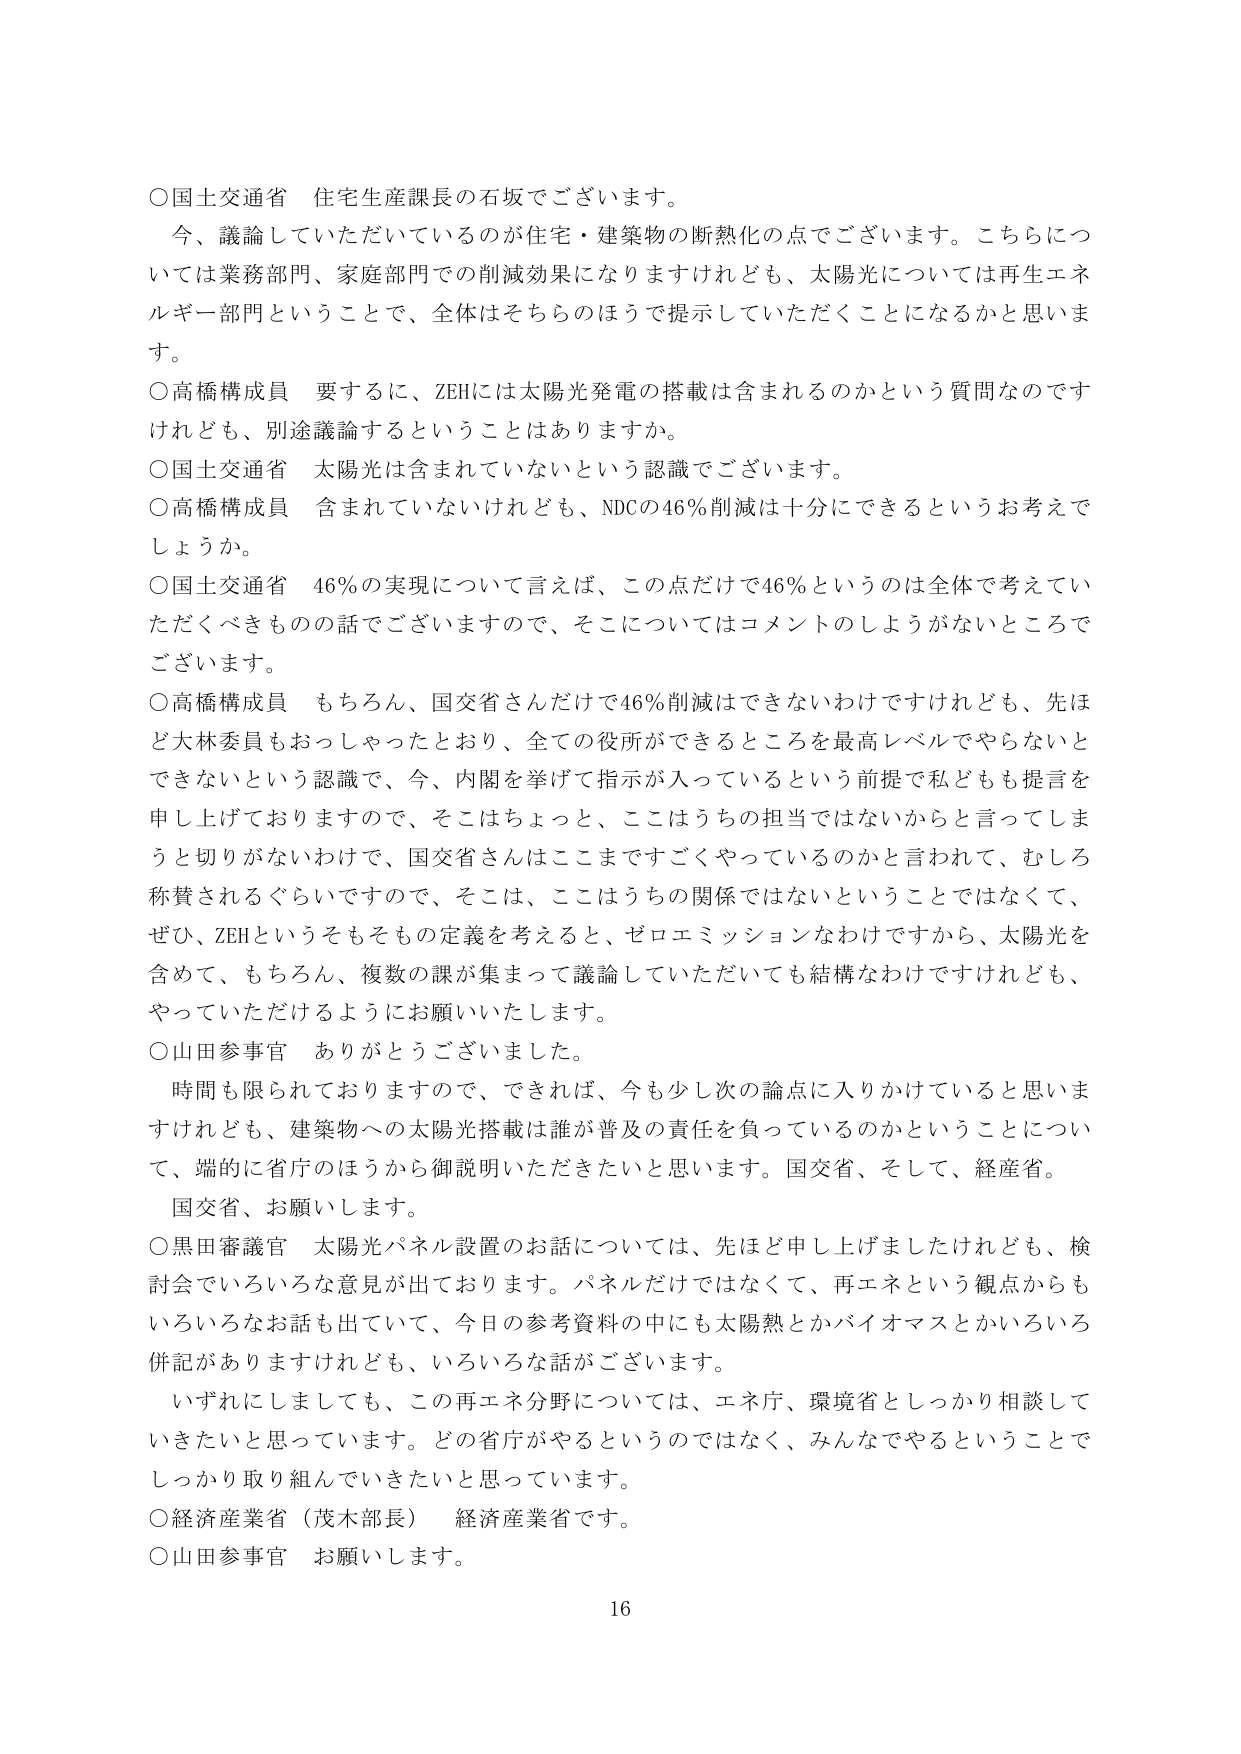
○国土交通省 住宅生産課長の石坂でございます。
今、議論していただいているのが住宅・建築物の断熱化の点でございます。こちらについては業務部門、家庭部門での削減効果になりますけれども、太陽光については再生エネルギー部門ということで、全体はそちらのほうで提示していただくことになるかと思います。

○高橋構成員 要するに、ZEHには太陽光発電の搭載は含まれるのかという質問なのですがけれども、別途議論するということはありますか。

○国土交通省 太陽光は含まれていないという認識でございます。

○高橋構成員 含まれていないけれども、NDCの46％削減は十分にできるというお考えでしょうか。

○国土交通省 46％の実現について言えば、この点だけで46％というのは全体で考えていただくべきもののお話でございますので、そこについてはコメントのしようがないところでございます。

○高橋構成員 もちろん、国交省さんだけで46％削減はできないわけではけれども、先ほど大林委員もおっしゃったとおり、全ての役所ができるところを最高レベルでやらないとできないという認識で、今、内閣を挙げて指示が入っているという前提で私どもも提言を申し上げておりますので、そこはちょっと、ここはうちの担当ではないからと言ってしまうと切りがないわけで、国交省さんはここまですごくやっているのかと言われて、むしろ称賛されるぐらいですので、そこは、ここはうちの関係ではないということではなくて、ぜひ、ZEHというそもそもの定義を考えると、ゼロエミッションなわけですから、太陽光を含めて、もちろん、複数の課が集まって議論していただいても結構なわけですけれども、やっていただけるようにお願いいたします。

○山田参事官 ありがとうございました。
時間も限られておりますので、できれば、今も少し次の論点に入りかけていると思いますけれども、建築物への太陽光搭載は誰が普及の責任を負っているのかということについて、端的に省庁のほうから御説明いただきたいと思います。国交省、そして、経産省。
国交省、お願いします。

○黒田審議官 太陽光パネル設置のお話については、先ほど申し上げましたけれども、検討会でいろいろな意見が出ております。パネルだけではなくて、再エネという観点からもいろいろなお話も出ていて、今日の参考資料の中にも太陽熱とかバイオマスとかいろいろ併記がありますけれども、いろいろな話がございます。
いずれにしましても、この再エネ分野については、エネ庁、環境省としっかり相談していきたいと思っています。どの省庁がやるというのではなく、みんなでやるということでしっかり取り組んでいきたいと思っています。

○経済産業省（茂木部長） 経済産業省です。

○山田参事官 お願いします。

16